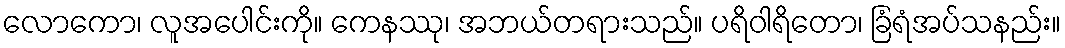
လောကော၊ လူအပေါင်းကို။ ကေနဿု၊ အဘယ်တရားသည်။ ပရိဝါရိတော၊ ခြံရံအပ်သနည်း။